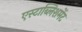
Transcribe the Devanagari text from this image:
एस्टाब्लिशमेंट